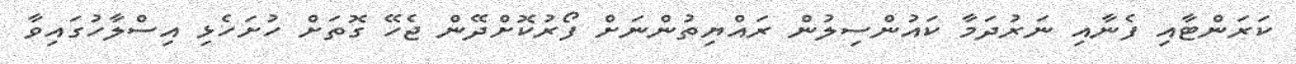
ކަރަންޓާއި ފެނާއި ނަރުދަމާ ކައުންސިލުން ރައްޔިތުންނަށް ފޯރުކޮށްދޭން ޖެހޭ ގޮތަށް ހުށަހެޅި އިސްލާހުގައިވާ